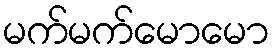
မက်မက်မောမော